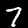
Digit: 7